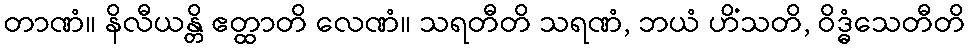
တာဏံ။ နိလီယန္တိ ဧတ္ထာတိ လေဏံ။ သရတီတိ သရဏံ, ဘယံ ဟိံသတိ, ဝိဒ္ဓံသေတီတိ